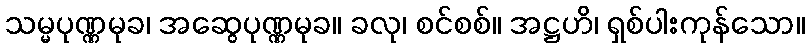
သမ္မပုဏ္ဏမုခ၊ အဆွေပုဏ္ဏမုခ။ ခလု၊ စင်စစ်။ အဋ္ဌဟိ၊ ရှစ်ပါးကုန်သော။